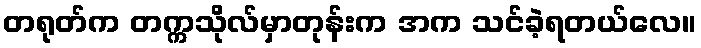
တရုတ်က တက္ကသိုလ်မှာတုန်းက အက သင်ခဲ့ရတယ်လေ။